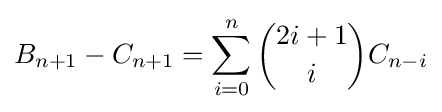
B_{n+1}-C_{n+1}=\sum _{i=0}^{n}{2i+1 \choose i}C_{n-i}